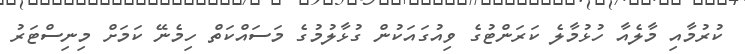
ކުރުމާއި މާލެއާ ހުޅުމާލެ ކަރަންޓުގެ ވިއުގައަކުން ގުޅާލުމުގެ މަސައްކަތް ހިމެނޭ ކަމަށް މިނިސްޓަރު